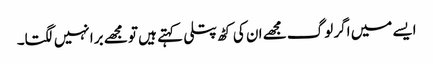
ایسے میں اگر لوگ مجھے ان کی کٹھ پتلی کہتے ہیں تو مجھے برا نہیں لگتا۔